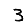
Digit: 3